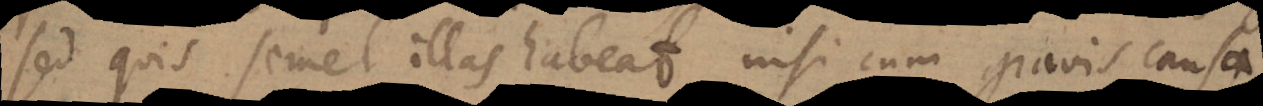
sed quis semel illas habeat, nisi cum gravis causa